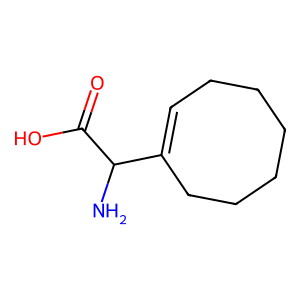
SMILES: NC(C(=O)O)C1=CCCCCCC1
Inhibits HIV replication: No